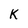
Character: K